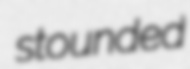
stounded